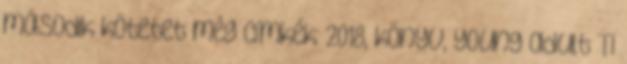
második kötetet még Címkék: 2018, könyv, young adult Ti